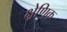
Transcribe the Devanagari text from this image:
क्ष्रेणिक